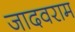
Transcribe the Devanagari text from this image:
जादवराम